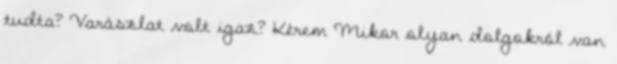
tudta? Varászlat volt igaz? Kérem Mikor olyan dolgokról van